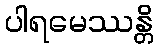
ပါရမေဿန္တိ